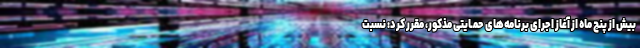
بیش از پنج ماه از آغاز اجرای برنامه‌های حمـایتی مذکور، مقرر کرد: نسبت